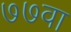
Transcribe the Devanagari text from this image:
७७वा